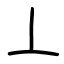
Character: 丄